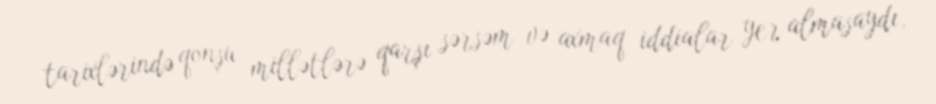
tarixlərində qonşu millətlərə qarşı sərsəm və axmaq iddialar yer almasaydı,